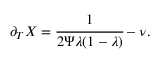
\partial _ { T } X = \cfrac { 1 } { 2 \Psi \lambda ( 1 - \lambda ) } - \nu .